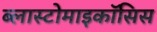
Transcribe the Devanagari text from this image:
ब्लास्टोमाइकॉसिस